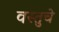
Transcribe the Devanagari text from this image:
वस्तुचे